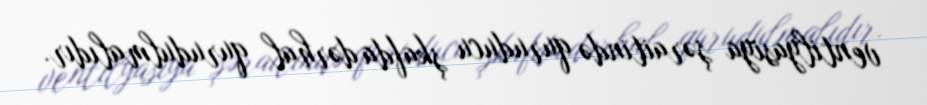
ventilyasiya şəraitində quruducu şkafda dərhal qurudulmalıdır.